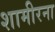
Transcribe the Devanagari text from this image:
शामीरना